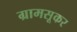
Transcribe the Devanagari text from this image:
ग्रामसूकर